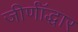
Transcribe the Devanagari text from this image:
जीर्णॉद्धार